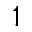
^ 1